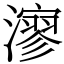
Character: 㵳